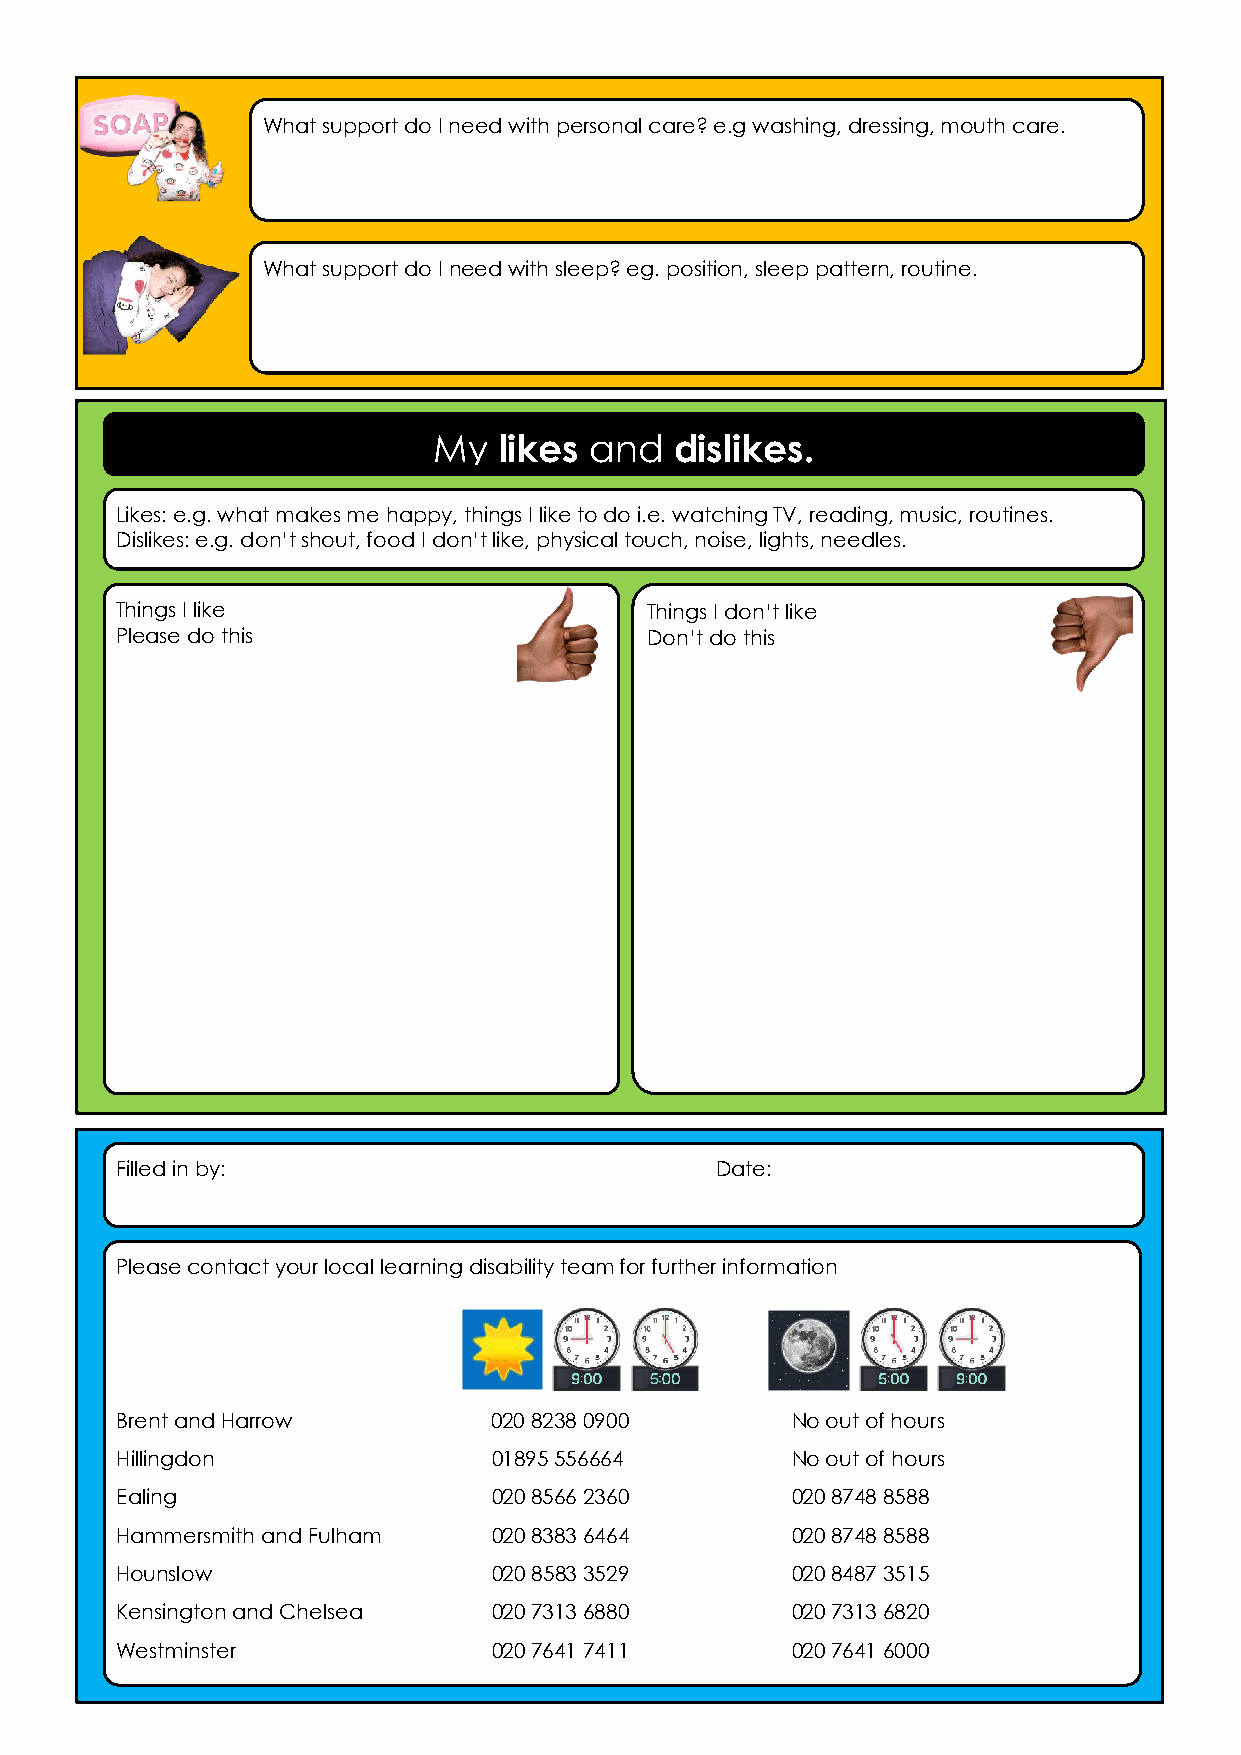
What support do I need with personal care? e.g washing, dressing, mouth care.
 What support do I need with sleep? eg. position, sleep pattern, routine.
 `
 My  likes and   dislikes.
 Likes: e.g. what makes me happy, things I like to do i.e. watching TV, reading, music, routines.
 Dislikes: e.g. don’t shout, food I don’t like, physical touch, noise, lights, needles.
 Things I like                      Things I don’t like
 Please do this                     Don’t do this
 Filled in by:                          Date:
 Please contact your local learning disability team for further information
 Brent and Harrow         020 8238 0900      No out of hours
 Hillingdon               01895 556664       No out of hours
 Ealing                   020 8566 2360      020 8748 8588
 Hammersmith and Fulham   020 8383 6464      020 8748 8588
 Hounslow                 020 8583 3529      020 8487 3515
 Kensington and Chelsea   020 7313 6880      020 7313 6820
 Westminster              020 7641 7411      020 7641 6000